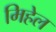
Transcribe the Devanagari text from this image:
मिहेल